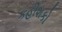
કહીશકો